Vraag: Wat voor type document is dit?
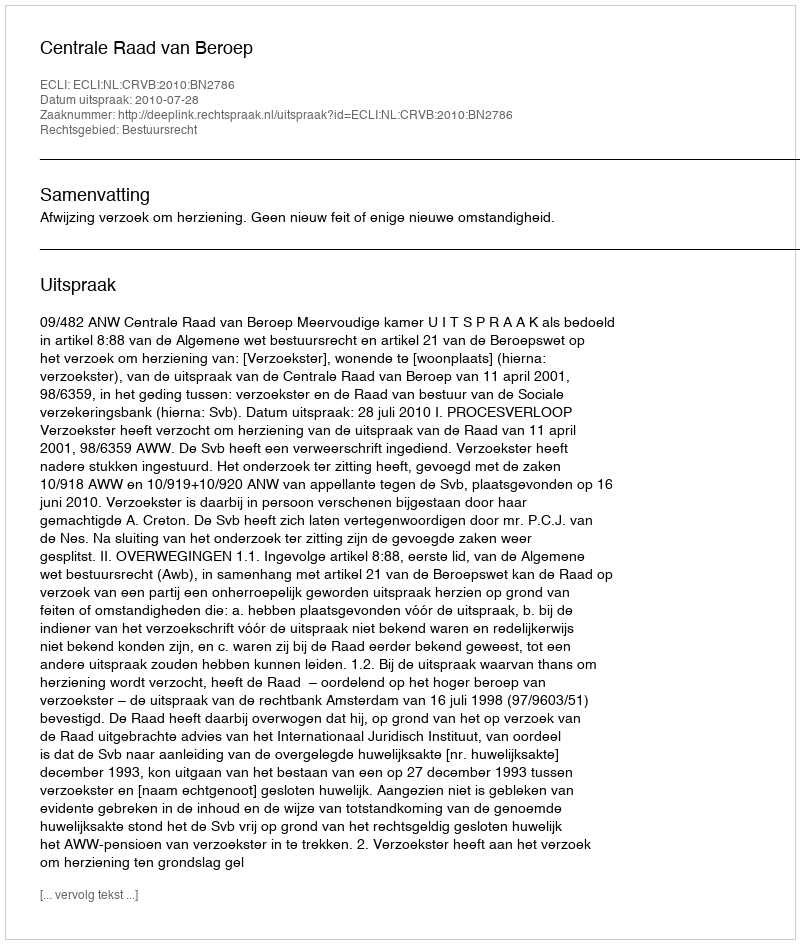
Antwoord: Uitspraak